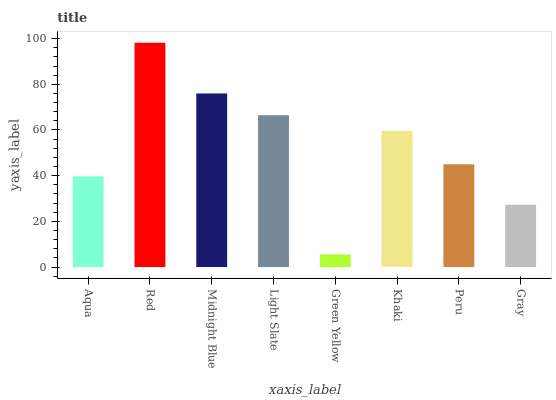
| xaxis_label | bars |
 | --- | --- |
 | Aqua | 39.7 |
 | Red | 98.2 |
 | Midnight Blue | 76 |
 | Light Slate | 66.5 |
 | Green Yellow | 5.51 |
 | Khaki | 59.7 |
 | Peru | 45 |
 | Gray | 27.3 |